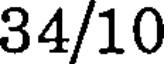
34/10